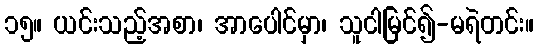
၁၅။ ယင်းသည့်အစာ၊ အာပေါင်မှာ၊ သူငါမြင်၍-မရဲတင်း။